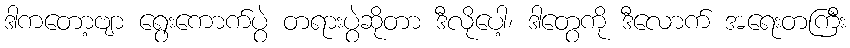
ဒါကတော့ဗျာ ရွေးကောက်ပွဲ တရားပွဲဆိုတာ ဒီလိုပေါ့၊ ဒါတွေကို ဒီလောက် အရေးတကြီး